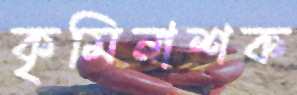
কৃমিনাশক